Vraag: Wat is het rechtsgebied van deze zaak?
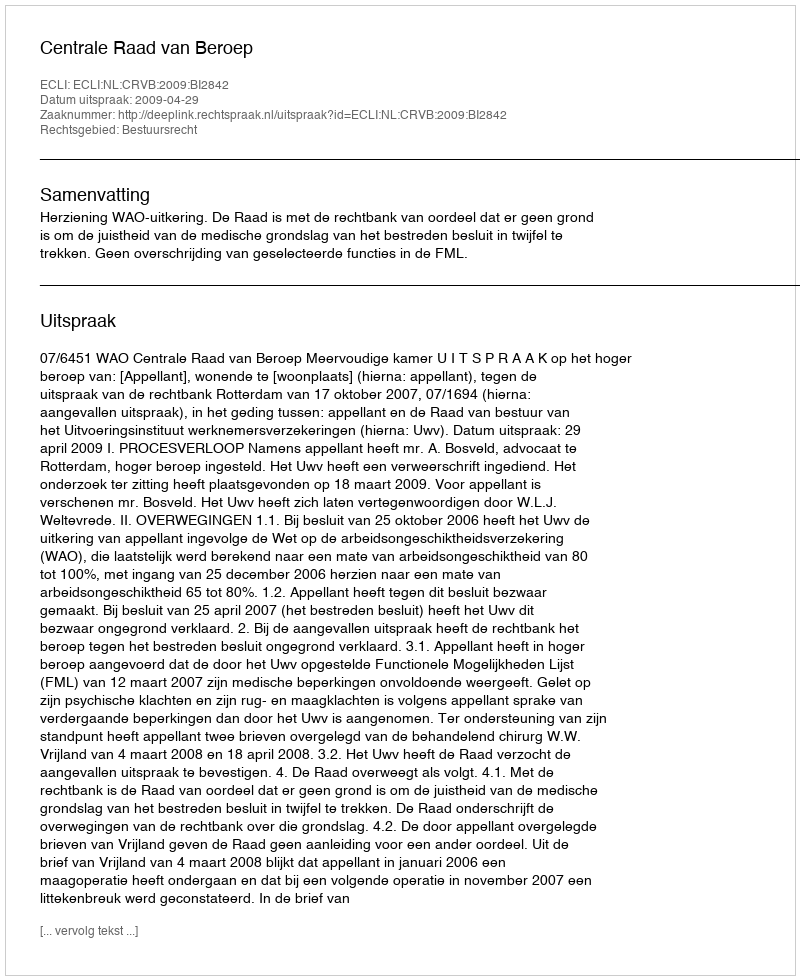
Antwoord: Bestuursrecht